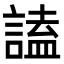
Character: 𧪞